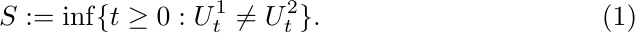
\begin{align}
S:= \inf \{ t \geq 0: U^1_t \neq U^2_t\}. \label{S_def}
\end{align}